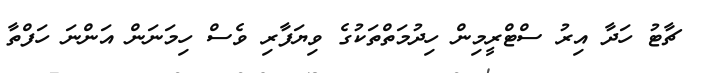
ޗާޓު ހަދާ އިރު ސްޓްރީމިން ހިދުމަތްތަކުގެ ވިޔަފާރި ވެސް ހިމަނަން އަންނަ ހަފްތާ